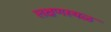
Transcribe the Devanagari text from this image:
लक्षणस्थळ